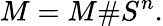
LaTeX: M=M\# S^{n}.